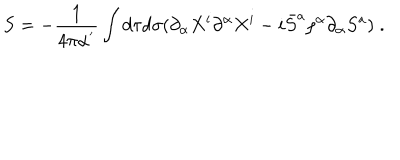
LaTeX: S = - \frac { 1 } { 4 \pi \alpha ^ { ' } } \int d \tau d \sigma ( \partial _ { \alpha } X ^ { i } \partial ^ { \alpha } X ^ { i } - i \bar { S } ^ { a } \rho ^ { \alpha } \partial _ { \alpha } S ^ { a } ) \; .